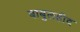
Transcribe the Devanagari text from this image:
बाबुलहीद